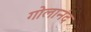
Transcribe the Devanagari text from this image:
गोलानंद